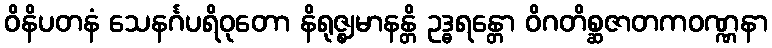
ဝိနိပတနံ သေနင်္ဂပရိဝုတော နိရုဇ္ဈမာနန္တိ ဥဒ္ဓရန္တော ဝိဂတိစ္ဆဇာတကဝဏ္ဏနာ